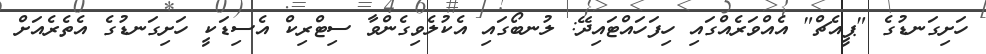
ހަށިގަނޑުގެ "ޕީއެޗް" އެއްވަރެއްގައި ހިފަހައްޓައިދޭ: ލުނބޯގައި އެކުލެވިގެންވާ ސިޓްރިކް އެސިޑަކީ ހަށިގަނޑުގެ އެތެރެއަށް